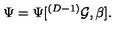
\Psi = \Psi [ ^ { ( D - 1 ) } { \cal G } , \beta ] .